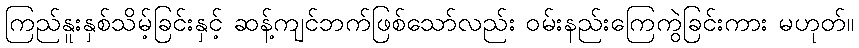
ကြည်နူးနှစ်သိမ့်ခြင်းနှင့် ဆန့်ကျင်ဘက်ဖြစ်သော်လည်း ဝမ်းနည်းကြေကွဲခြင်းကား မဟုတ်။